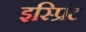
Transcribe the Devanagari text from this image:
इस्प्रिंट